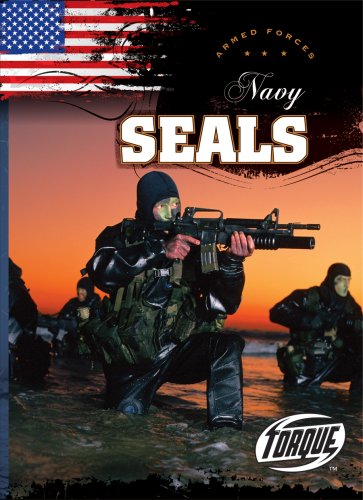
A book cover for Navy SEALs (Torque Books: Armed Forces) (Torque: Armed Forces); Jack David; Engineering & Transportation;